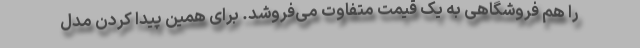
را هم فروشگاهی به یک قیمت متفاوت می‌فروشد. برای همین پیدا کردن مدل